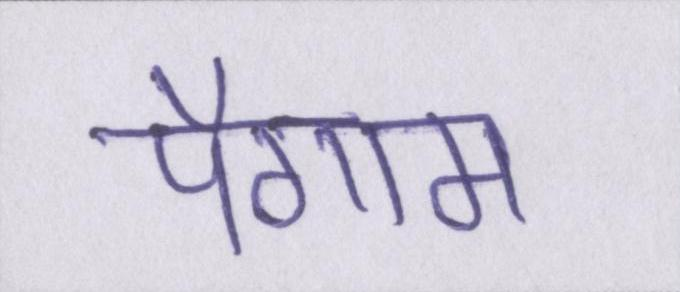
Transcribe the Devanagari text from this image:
पैगाम